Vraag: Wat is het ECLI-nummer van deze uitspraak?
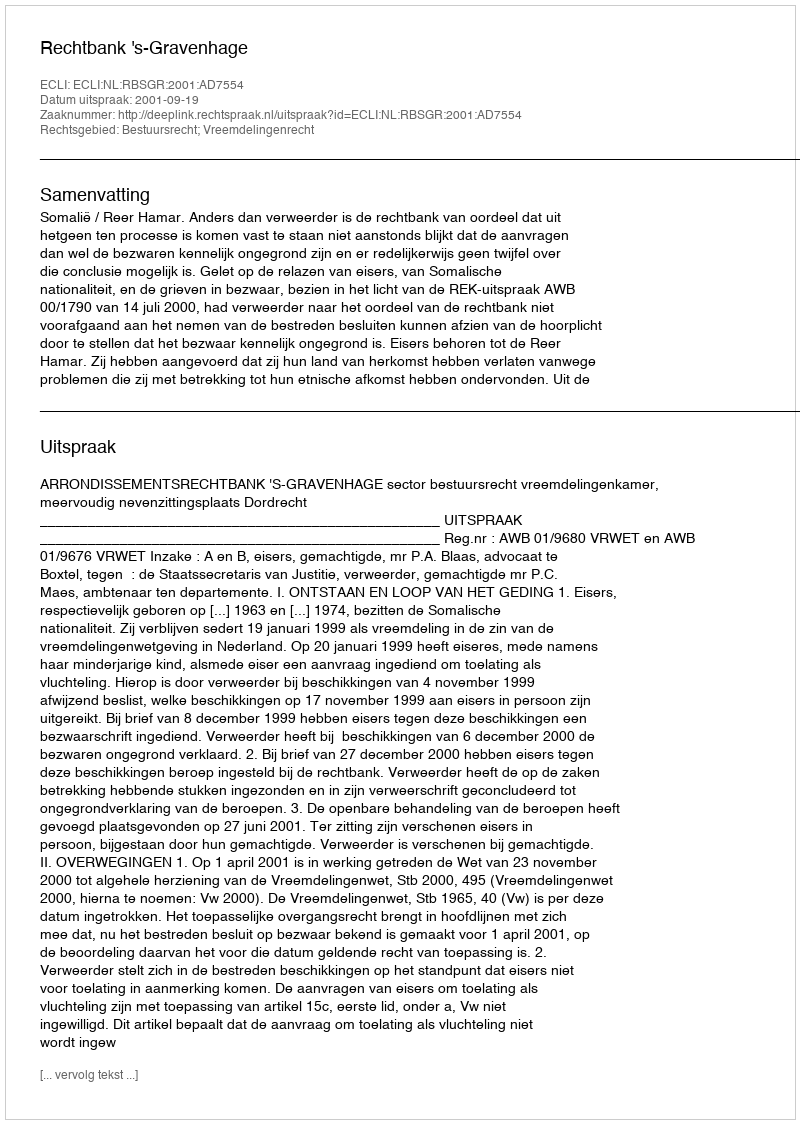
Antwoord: ECLI:NL:RBSGR:2001:AD7554